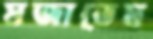
মজাতেম